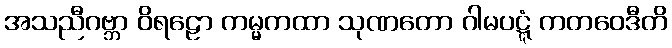
အသညီဂဗ္ဘာ ဝိရဠော ကမ္မကထာ သုဏတော ဂါမပဋ္ဋံ ကတဝေဒီတိ